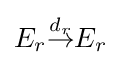
E_{r}{\overset {d_{r}}{\to }}E_{r}